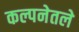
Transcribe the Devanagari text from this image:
कल्पनेतले